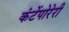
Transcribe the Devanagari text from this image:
कंटेंपोरेरी